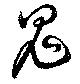
鬼